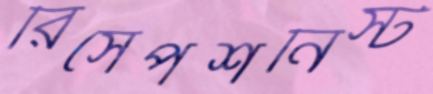
রিসেপশনিস্ট